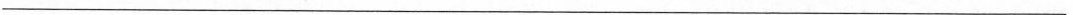
___